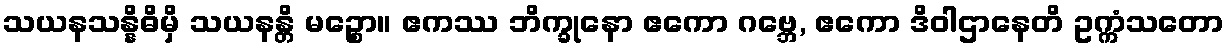
သယနသန္နိဓိမှိ သယနန္တိ မဉ္စော။ ဧကဿ ဘိက္ခုနော ဧကော ဂဗ္ဘေ, ဧကော ဒိဝါဌာနေတိ ဥက္ကံသတော